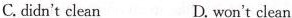
C.didn't clean D.won't clean